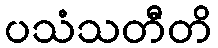
ပသံသတီတိ